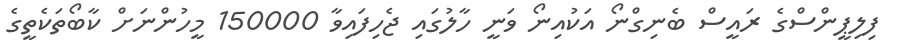
ފިލިޕީންސްގެ ރައީސް ބެނިގްނޯ އަކުއިނޯ ވަނީ ހާލުގައި ޖެހިފައިވާ 150000 މީހުންނަށް ކާބޯތަކެތީގެ